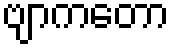
ဗျာကတော